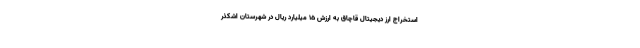
استخراج ارز دیجیتال قاچاق به ارزش ۱۵ میلیارد ریال در شهرستان اشکذر